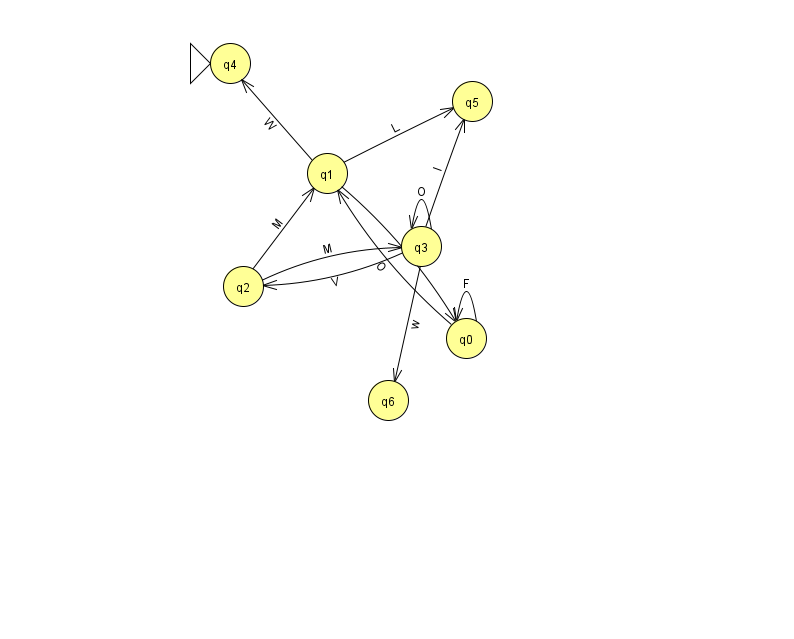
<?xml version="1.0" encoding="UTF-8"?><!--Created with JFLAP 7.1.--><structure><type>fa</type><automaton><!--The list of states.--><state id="0" name="q0"><x>466.0</x><y>325.0</y></state><state id="1" name="q1"><x>327.0</x><y>160.0</y></state><state id="2" name="q2"><x>243.0</x><y>273.0</y></state><state id="3" name="q3"><x>421.0</x><y>233.0</y></state><state id="4" name="q4"><x>230.0</x><y>50.0</y><initial/></state><state id="5" name="q5"><x>472.0</x><y>88.0</y></state><state id="6" name="q6"><x>388.0</x><y>387.0</y></state><!--The list of transitions.--><transition><from>2</from><to>1</to><read>M</read></transition><transition><from>2</from><to>3</to><read>M</read></transition><transition><from>1</from><to>4</to><read>W</read></transition><transition><from>3</from><to>6</to><read>w</read></transition><transition><from>0</from><to>0</to><read>F</read></transition><transition><from>1</from><to>5</to><read>L</read></transition><transition><from>3</from><to>2</to><read>V</read></transition><transition><from>0</from><to>1</to><read>O</read></transition><transition><from>3</from><to>5</to><read>I</read></transition><transition><from>1</from><to>0</to><read>J</read></transition><transition><from>3</from><to>3</to><read>O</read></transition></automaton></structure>